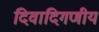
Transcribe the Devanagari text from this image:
दिवादिगणीय